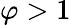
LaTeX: \varphi>1